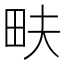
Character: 畉